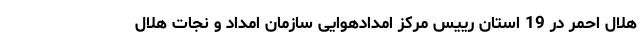
هلال احمر در 19 استان رییس مرکز امدادهوایی سازمان امداد و نجات هلال